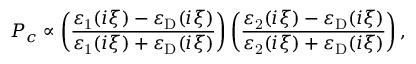
P _ { c } \propto \left( \frac { \varepsilon _ { \mathrm { 1 } } ( i \xi ) - \varepsilon _ { \mathrm { D } } ( i \xi ) } { \varepsilon _ { \mathrm { 1 } } ( i \xi ) + \varepsilon _ { \mathrm { D } } ( i \xi ) } \right) \left( \frac { \varepsilon _ { \mathrm { 2 } } ( i \xi ) - \varepsilon _ { \mathrm { D } } ( i \xi ) } { \varepsilon _ { \mathrm { 2 } } ( i \xi ) + \varepsilon _ { \mathrm { D } } ( i \xi ) } \right) ,